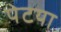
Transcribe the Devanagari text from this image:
पेटया